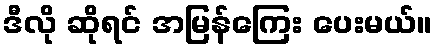
ဒီလို ဆိုရင် အမြန်ကြေး ပေးမယ်။